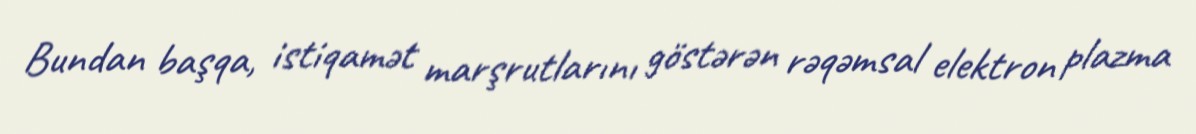
Bundan başqa, istiqamət marşrutlarını göstərən rəqəmsal elektron plazma